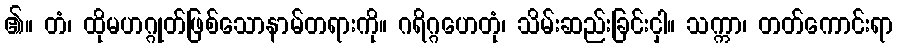
၏။ တံ၊ ထိုမဟဂ္ဂုတ်ဖြစ်သောနာမ်တရားကို။ ဂရိဂ္ဂဟေတုံ၊ သိမ်းဆည်းခြင်းငှါ။ သက္ကာ၊ တတ်ကောင်းရာ